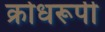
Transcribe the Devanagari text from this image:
क्रोधरूपी